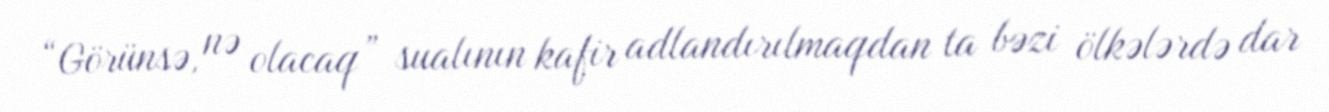
“Görünsə, nə olacaq” sualının kafir adlandırılmaqdan ta bəzi ölkələrdə dar